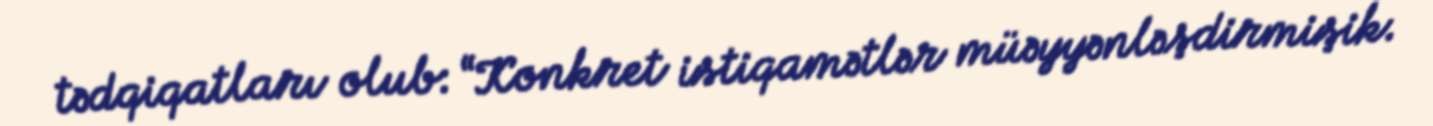
tədqiqatları olub: “Konkret istiqamətlər müəyyənləşdirmişik.